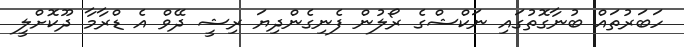
ހަބަރުތައް ބުނާގޮތުގައި ނަކްޝްގެ ރޯލުން ފެނިގެންދިޔަ ރިޝީ ދޭވް އެ ޑްރާމާ ދޫކޮށްލީ